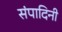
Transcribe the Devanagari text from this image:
संपादिनी